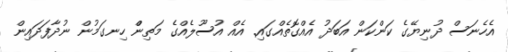
އެހެނަސް ދުނިޔޭގެ ކަންކަން އަބަދު އެއްގޮތެއްގައި